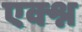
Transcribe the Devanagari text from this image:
एक्श्न